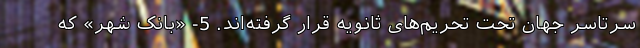
سرتاسر جهان تحت تحریم‌های ثانویه قرار گرفته‌اند. 5- «بانک شهر» که